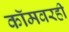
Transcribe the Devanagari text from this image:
कॉमवरही